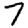
Digit: 7